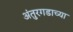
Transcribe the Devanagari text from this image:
अंतुरगडाच्या